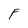
Character: F